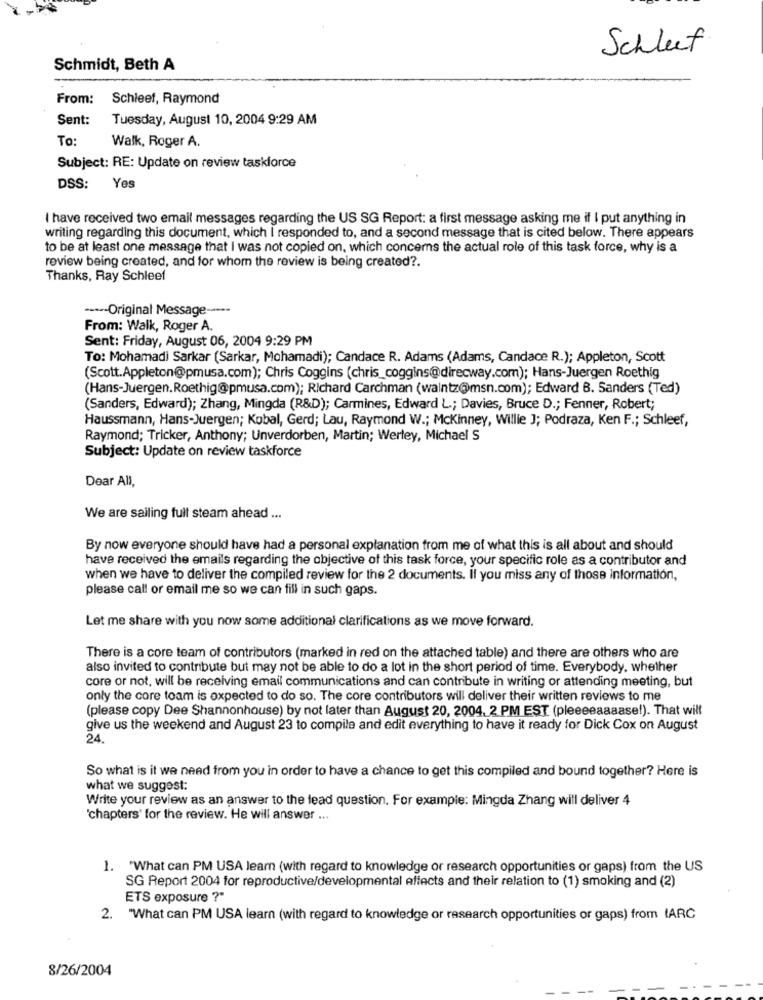
Schleet
Schmidt, Beth A
From: Schleef, Raymond
Sent:
Tuesday, August 10, 2004 9:29 AM
To:
Walk, Roger A.
Subject: RE: Update on review taskforce
DSS:
Yes
I have received two email messages regarding the US SG Report: a first message asking me if I put anything in
writing regarding this document, which I responded to, and a second message that is cited below. There appears
to be at least one message that I was not copied on, which concerns the actual role of this task force, why is a
review being created, and for whom the review is being created ?.
Thanks, Ray Schleef
----- Original Message -----
From: Walk, Roger A.
Sent: Friday, August 06, 2004 9:29 PM
To: Mohamadi Sarkar (Sarkar, Mohamadi); Candace R. Adams (Adams, Candace R.); Appleton, Scott
(Scott.Appleton@pmusa.com); Chris Coggins (chris_coggins@direcway.com); Hans-Juergen Roethig
(Hans-Juergen.Roethig@pmusa.com); Richard Carchman (walntz@msn.com); Edward B. Sanders (Ted)
(Sanders, Edward); Zhang, Mingda (R&D); Carmines, Edward L .; Davies, Bruce D .; Fenner, Robert;
Haussmann, Hans-Juergen; Kobal, Gerd; Lau, Raymond W .; Mckinney, Willie J; Podraza, Ken F .; Schleef,
Raymond; Tricker, Anthony; Unverdorben, Martin; Werley, Michael S
Subject: Update on review taskforce
Dear All,
We are sailing full steam ahead ...
By now everyone should have had a personal explanation from me of what this is all about and should
have received the emails regarding the objective of this task force, your specific role as a contributor and
when we have to deliver the compiled review for the 2 documents. If you miss any of those information,
please call or email me so we can fill in such gaps.
Let me share with you now some additional clarifications as we move forward.
There is a core team of contributors (marked in red on the attached table) and there are others who are
also invited to contribute but may not be able to do a lot in the short period of time. Everybody. whether
core or not, will be receiving email communications and can contribute in writing or attending meeting, but
only the core toam is expected to do so. The core contributors will deliver their written reviews to me
(please copy Dee Shannonhouse) by not later than August 20, 2004, 2 PM EST (pleeeeaaaase!). That will
give us the weekend and August 23 to compile and edit everything to have it ready for Dick Cox on August
24.
So what is it we need from you in order to have a chance to get this compiled and bound together? Here is
what we suggest:
Write your review as an answer to the lead question. For example: Mingda Zhang will deliver 4
'chapters' for the review. He will answer ...
1. "What can PM USA learn (with regard to knowledge or research opportunities or gaps) from the US
SG Report 2004 for reproductive/developmental effects and their relation to (1) smoking and (2)
ETS exposure ?"
2. "What can PM USA learn (with regard to knowledge or research opportunities or gaps) from IARC
8/26/2004